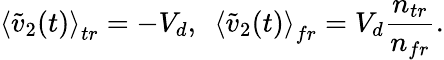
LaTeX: \left\langle\widetilde{v}_{2}(t)\right\rangle_{tr}=-V_{d},\ \ \left\langle\widetilde{v}_{2}(t)\right\rangle_{fr}=V_{d}\frac{n_{tr}}{n_{fr}}.